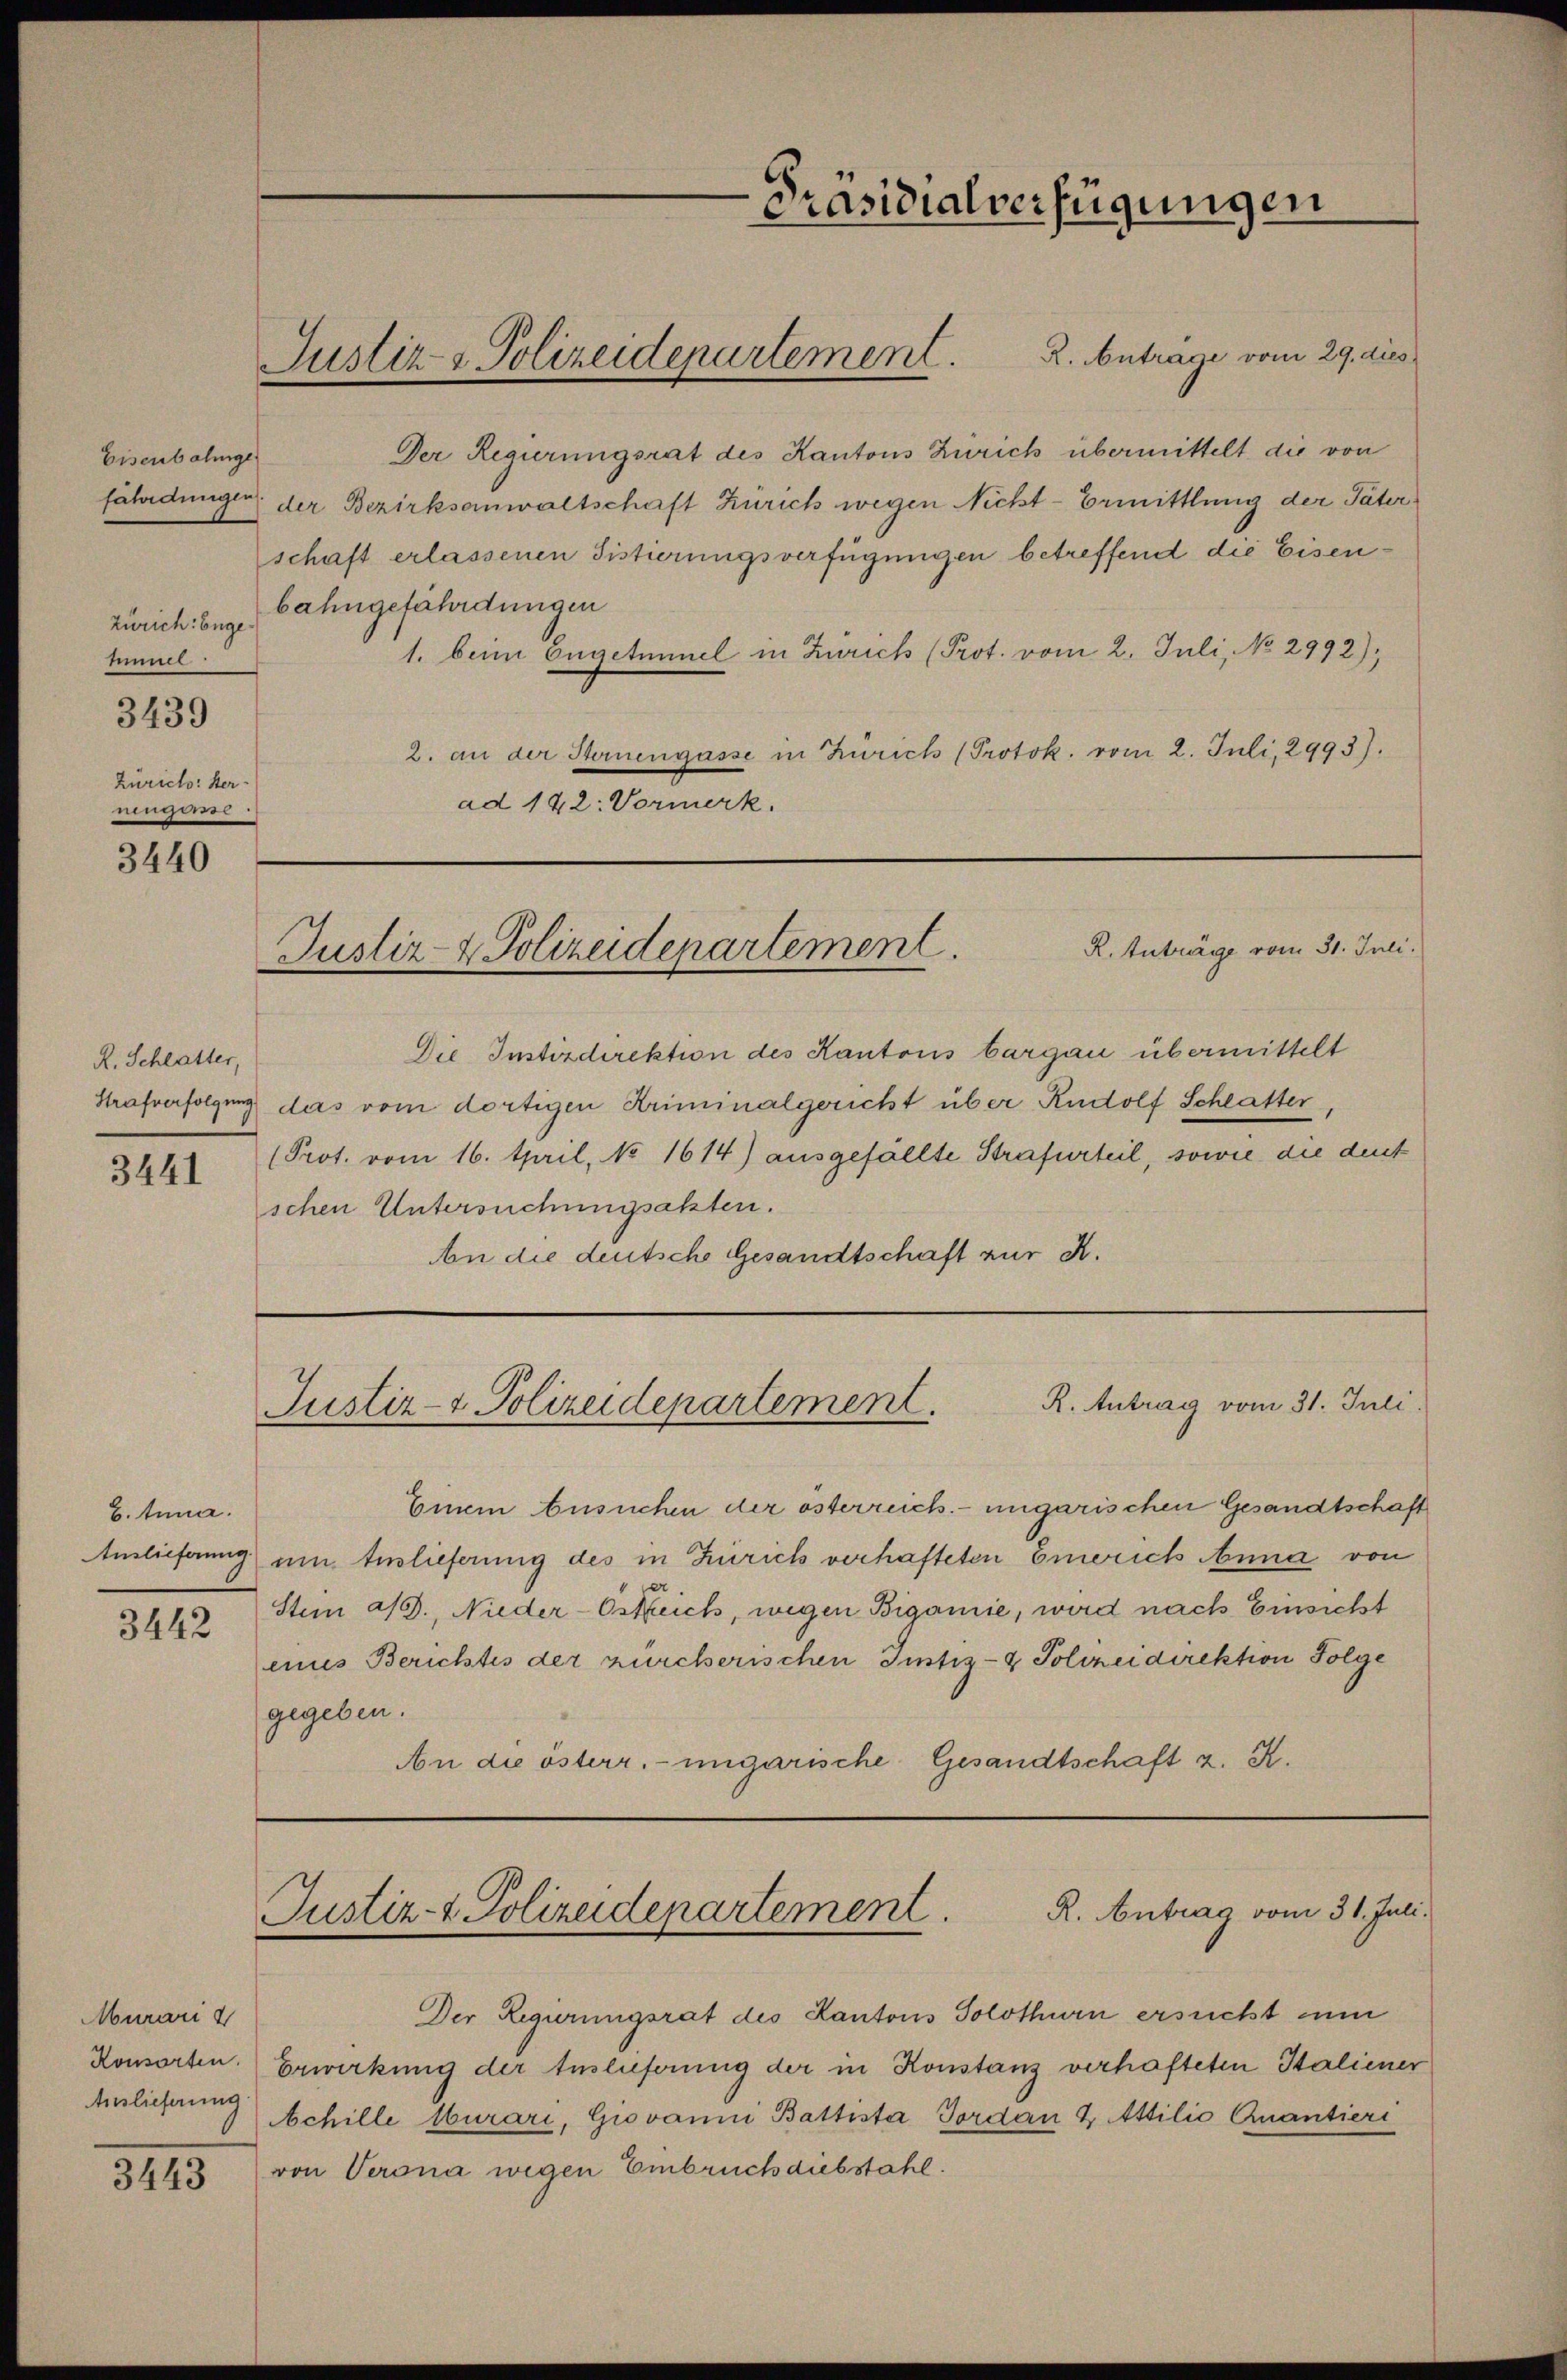
Eisenbahnge
Zürich: Engehimmel
3439
Zürich: Her-
We

3440

R. Schlatter,
3441

b. Anna.
3442

Murari
Auslieferung

345

Die Instizdirektion des Kantons bargau übermittelt
Strafverfolgung das vom dortigen Kriminalgericht über Rudolf Schlatter,
(Prot. vom 16. April, No 1614) ausgefällte Strafurteil, sowie die deut
schen Untersuchungsakten.
An die deutsche Gesandtschaft zur K.

Justiz- & Polizeidepartement.

R. Anträge vom 29. dies
Der Regierungsrat des Kantons Zürich übermittelt die von
fährdungen der Bezirksanwaltschaft Zürich wegen Nicht-Ermittlung der Pater
schaft erlassenen Fistierungsverfügungen betreffend die Eisenbahngefährdungen
1. beim Engetümmel in Zürich (Prot. vom 2. Juli, No 2992);
2. an der Sternengasse in Zürich (Protok. vom 2. Juli, 2993).
ad 142: Vormerk.

Präsidialverfügungen

R. Anträge vom 31. Juli.
Justiz- & Polizeidepartement.

Justiz- & Polizeidepartement. K. Antrag vom 31. Juli

R. Antrag vom 31. Juli.
Justiz- & Polizeidepartement.

Der Regierungsrat des Kantons Solothurn ersucht im
Konsorten. Erwirkung der Auslieferung der in Konstanz verhafteten Italiener
Achille burari, Giovanni Battista Jordan & Attilio Quantieri
von Verona wegen Einbruch diebstahl.

Einem Ansuchen der österreich. ungarischen Gesandtschaft
Amlieferung um Auslieferung des in Zürich verhafteten Emerich Anna von
Stein a/S., Nieder-Östreich, wegen Bigamie, wird nach Einsicht
eines Berichtes der zürcherischen Justiz- & Polizeidirektion Folge
gegeben.
An die österr. ungarische Gesandtschaft z. K.